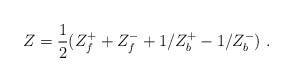
\begin{align*}Z = \frac{1}{2}(Z_{f}^{+} + Z_{f}^{-} + 1/Z_{b}^{+} - 1/Z^{-}_{b}) \ .\end{align*}